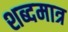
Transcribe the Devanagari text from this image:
शब्दमात्र